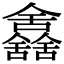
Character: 𠑰